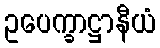
ဥပေက္ခာဋ္ဌာနီယံ